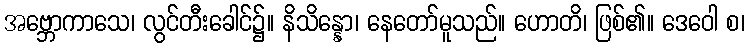
အဗ္ဘောကာသေ၊ လွင်တီးခေါင်၌။ နိသိန္နော၊ နေတော်မူသည်။ ဟောတိ၊ ဖြစ်၏။ ဒေဝေါ စ၊